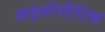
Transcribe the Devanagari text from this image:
आइसोस्टैटिक